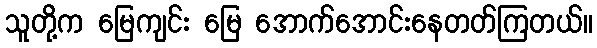
သူတို့က မြေကျင်း မြေ အောက်အောင်းနေတတ်ကြတယ်။